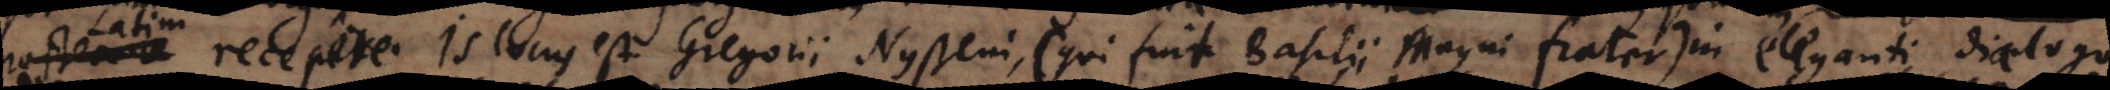
ostea recepere. Is locus est Gregorii Nysseni (qui fuit Basilii Magni frater), in eleganti dialogo